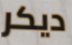
ديكر